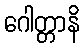
ဂေါတ္တာနိ